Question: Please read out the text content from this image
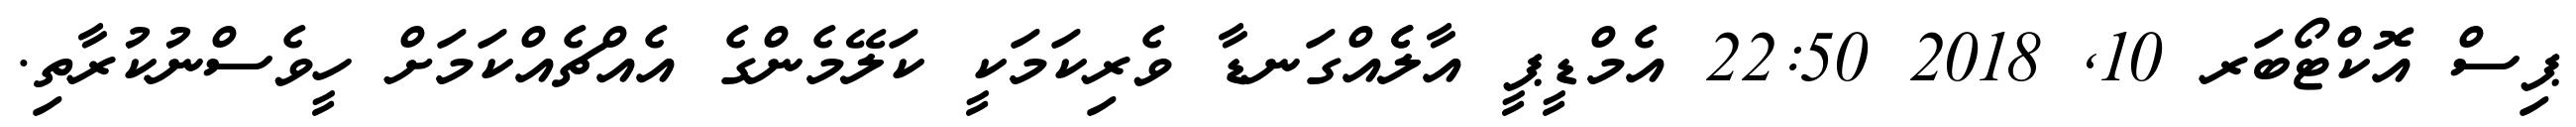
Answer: ޕިސް އޮކްޓޯބަރ 10, 2018 22:50 އެމްޑީޕީ އާލެެއްގަނޑާ ވެރިކަމަކީ ކަލޭމެންގެ އެއްޗެއްކަމަށް ހީވެސްނުކުރާތި.